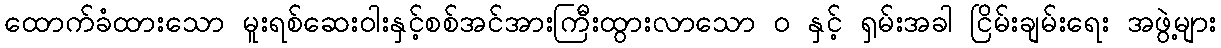
ထောက်ခံထားသော မူးရစ်ဆေးဝါးနှင့်စစ်အင်အားကြီးထွားလာသော ဝ နှင့် ရှမ်းအခါ ငြိမ်းချမ်းရေး အဖွဲ့များ